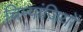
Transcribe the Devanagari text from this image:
चिम्पांज़ियों